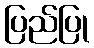
ပြည်ပြု